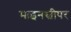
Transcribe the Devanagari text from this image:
माइनस्वीपर